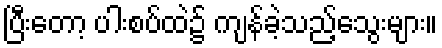
ပြီးတော့ ပါးစပ်ထဲ၌ ကျန်ခဲ့သည့်သွေးများ။